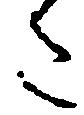
た